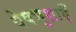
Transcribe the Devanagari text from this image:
वेषभूशाएँ